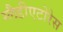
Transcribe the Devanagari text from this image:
ग्लैडीएटोरेस